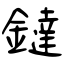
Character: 鐽